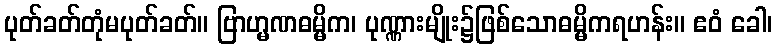
ပုတ်ခတ်တုံမပုတ်ခတ်။ ဗြာဟ္မဏဓမ္မိက၊ ပုဏ္ဏားမျိုး၌ဖြစ်သောဓမ္မိကရဟန်း။ ဧဝံ ခေါ၊